Indian Civil Veterinary Department memoirs
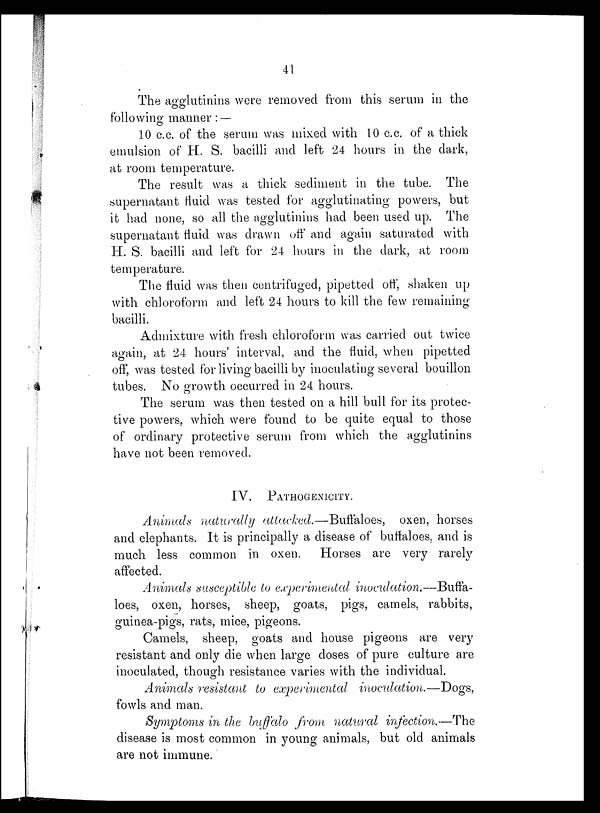
41
The agglutinins were removed from this serum in the
following manner : —
10 c.c. of the serum was mixed with 10 c.c. of a thick
emulsion of H. S. bacilli and left 24 hours in the dark,
at room temperature.
The result was a thick sediment in the tube. The
supernatant fluid was tested for agglutinating powers, but
it had none, so all the agglutinins had been used up. The
supernatant fluid was drawn off and again saturated with
H. S. bacilli and left for 24 hours in the dark, at room
temperature.
The fluid was then centrifuged, pipetted off, shaken up
with chloroform and left 24 hours to kill the few remaining
bacilli.
Admixture with fresh chloroform was carried out twice
again, at 24 hours' interval, and the fluid, when pipetted
off, was tested for living bacilli by inoculating several bouillon
tubes. No growth occurred in 24 hours.
The serum was then tested on a hill bull for its protec-
tive powers, which were found to be quite equal to those
of ordinary protective serum from which the agglutinins
have not been removed.
IV. PATHOGENICITY.
Animals naturally attacked.—Buffaloes, oxen, horses
and elephants. It is principally a disease of buffaloes, and is
much less common in oxen. Horses are very rarely
affected.
Animals susceptible to experimental inoculation.—Buffa-
loes, oxen, horses, sheep, goats, pigs, camels, rabbits,
guinea-pigs, rats, mice, pigeons.
Camels, sheep, goats and house pigeons are very
resistant and only die when large doses of pure culture are
inoculated, though resistance varies with the individual.
Animals resistant to experimental inoculation.—Dogs,
fowls and man.
Symptoms in the buffalo from natural infection.—The
disease is most common in young animals, but old animals
are not immune.